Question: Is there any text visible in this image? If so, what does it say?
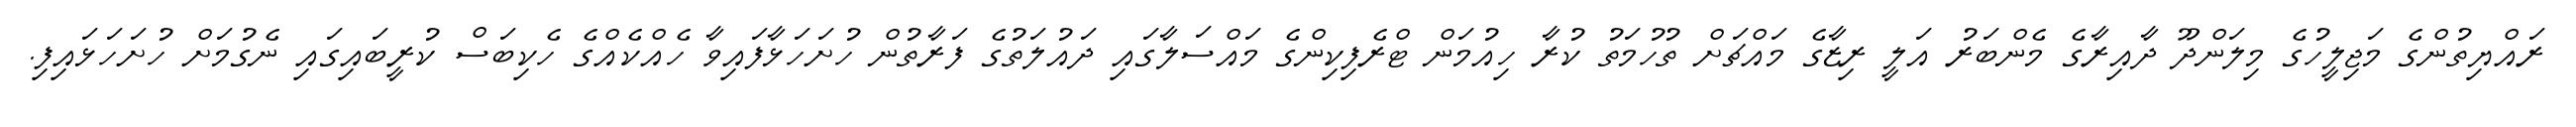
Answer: ރައްޔިތުންގެ މަޖިލީހުގެ މިލަންދޫ ދާއިރާގެ މެންބަރު އަލީ ރިޒާގެ މައްޗަށް ތުހުމަތު ކުރާ ހިއުމަން ޓްރެފިކިންގެ މައްސަލާގައި ދައުލަތުގެ ފަރާތުން ހުށަހަޅާފައިވާ ހެއްކެއްގެ ހެކިބަސް ކުރީބައިގައި ނެގުމަށް ހުށަހަޅައިފި.